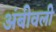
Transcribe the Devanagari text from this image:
अंबीवली